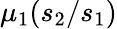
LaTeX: \mu_{1}(s_{2}/s_{1})